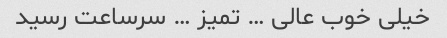
خیلی خوب عالی … تمیز … سرساعت رسید